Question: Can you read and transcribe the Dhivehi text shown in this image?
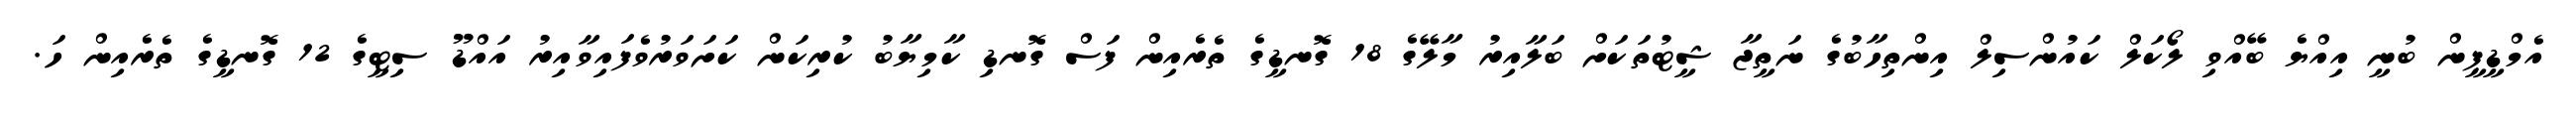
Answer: އެމްޑީޕީން ބުނީ އިއްޔެ ބޭއްވި ލޯކަލް ކައުންސިލް އިންތިހާބުގެ ނަތީޖާ ޝީޓުތަކަށް ބަލާއިރު މާލޭގެ 18 ގޮނޑީގެ ތެރެއިން ފަސް ގޮނޑި ކާމިޔާބު ކުރިކަން ކަށަވަރުވެފައިވާއިރު އައްޑޫ ސިޓީގެ 12 ގޮނޑީގެ ތެރެއިން ހަ.